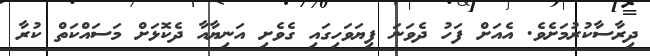
ދިރާސާކުރުމަށެވެ. އެއަށް ފަހު ދެވަނަ ފިޔަވަހިގައި ގެވެށި އަނިޔާއާ ދެކޮޅަށް މަސައްކަތް ކުރާ